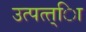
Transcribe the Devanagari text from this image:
उत्पत्त्िा